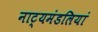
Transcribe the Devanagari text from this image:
नाट्यमंडलियां